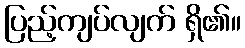
ပြည့်ကျပ်လျက် ရှိ၏။